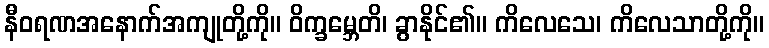
နီဝရဏအနောက်အကျုတို့ကို။ ဝိက္ခမ္ဘေတိ၊ ခွာနိုင်၏။ ကိလေသေ၊ ကိလေသာတို့ကို။